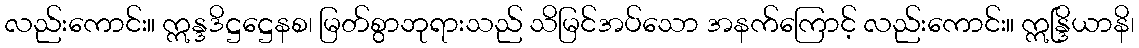
လည်းကောင်း။ ဣန္ဒဒိဋ္ဌဋ္ဌေနစ၊ မြတ်စွာဘုရားသည် သိမြင်အပ်သော အနက်ကြောင့် လည်းကောင်း။ ဣန္ဒြိယာနိ၊